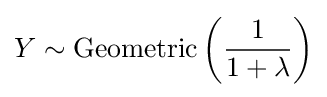
Y\sim \operatorname {Geometric} \left({\frac {1}{1+\lambda }}\right)